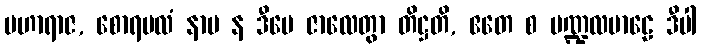
မဟာရာဇ, စောရဗလံ နာမ န ဒီပေ ဇာလေတွာ တိဋ္ဌတိ, ဧတေ စ မဏ္ဍလမာဠေ ဒီပါ